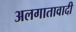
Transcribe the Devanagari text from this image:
अलगातावादी